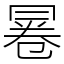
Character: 㒽